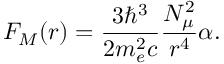
F _ { M } ( r ) = \frac { 3 \hbar ^ { 3 } } { 2 m _ { e } ^ { 2 } c } \frac { N _ { \mu } ^ { 2 } } { r ^ { 4 } } \alpha .